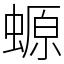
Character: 螈